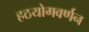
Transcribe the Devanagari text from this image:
हठयोगवर्णन